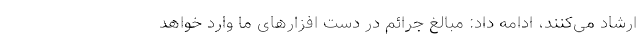
ارشاد می‌کنند، ادامه داد: مبالغ جرائم در دست افزارهای ما وارد خواهد